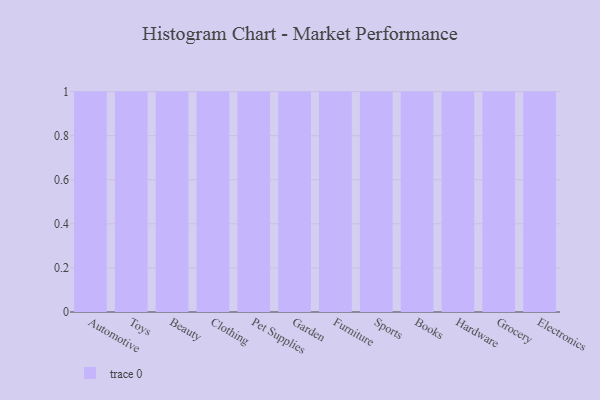
{"axis": {"x": "Category", "y": "Satisfaction Score"}, "legend": [""], "data": [{"x": "Automotive", "y": 24, "type": ""}, {"x": "Toys", "y": 19, "type": ""}, {"x": "Beauty", "y": 39, "type": ""}, {"x": "Clothing", "y": 27, "type": ""}, {"x": "Pet Supplies", "y": 29, "type": ""}, {"x": "Garden", "y": 28, "type": ""}, {"x": "Furniture", "y": 89, "type": ""}, {"x": "Sports", "y": 67, "type": ""}, {"x": "Books", "y": 91, "type": ""}, {"x": "Hardware", "y": 68, "type": ""}, {"x": "Grocery", "y": 89, "type": ""}, {"x": "Electronics", "y": 79, "type": ""}]}